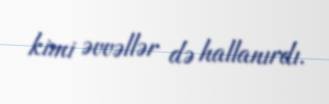
kimi əvvəllər də hallanırdı.